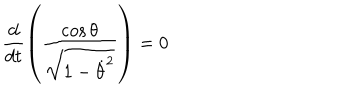
\frac { d } { d t } \left( \frac { \cos \theta } { \sqrt { 1 - \dot { \theta } ^ { 2 } } } \right) = 0